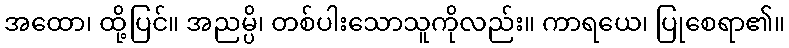
အထော၊ ထို့ပြင်။ အညမ္ပိ၊ တစ်ပါးသောသူကိုလည်း။ ကာရယေ၊ ပြုစေရာ၏။